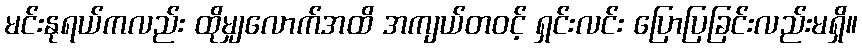
မင်းနုရယ်ကလည်း ထိုမျှလောက်အထိ အကျယ်တဝင့် ရှင်းလင်း ပြောပြခြင်းလည်းမရှိ။